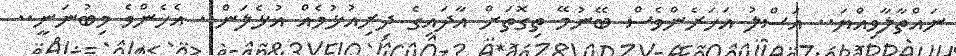
ނައްތާލާވިއްޔަ.. އަސްލު އަހަރެންވެސް ބޭނުމޭ ތިގޮތަށް އާދައިގެ ދިރިއުޅުމެއް އުޅެލަން.. އެހެންވެ މިބުނަނީ..